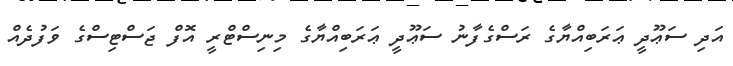
އަދި ސަޢޫދީ ޢަރަބިއްޔާގެ ރަސްގެފާނު ސަޢޫދީ ޢަރަބިއްޔާގެ މިނިސްޓްރީ އޮފް ޖަސްޓިސްގެ ވަފުދެއް